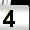
Digit: 4